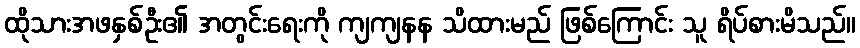
ထိုသားအဖနှစ်ဦး၏ အတွင်းရေးကို ကျကျနန သိထားမည် ဖြစ်ကြောင်း သူ ရိပ်စားမိသည်။